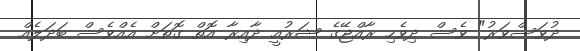
ދުވަސްވަރު" ވެސް ދިވެހި ރާއްޖޭގެ ޝަރުއީ ދާއިރާ އޮތް ގޮތަށް އެއްވެސް ބަދަލެއް